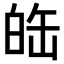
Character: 𤽦